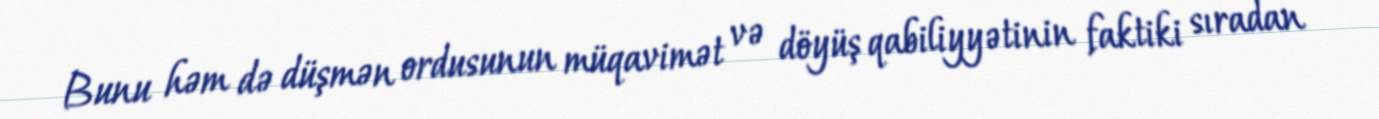
Bunu həm də düşmən ordusunun müqavimət və döyüş qabiliyyətinin faktiki sıradan